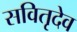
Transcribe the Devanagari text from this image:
सवितृदेव